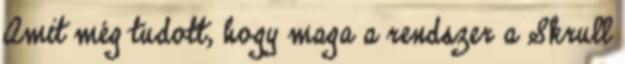
Amit még tudott, hogy maga a rendszer a Skrull